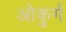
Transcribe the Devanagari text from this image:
ओकुर्ग